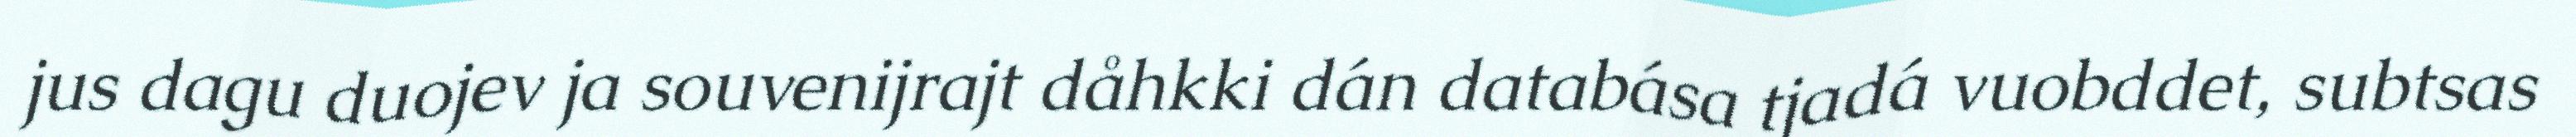
jus dagu duojev ja souvenijrajt dåhkki dán databása tjadá vuobddet, subtsas